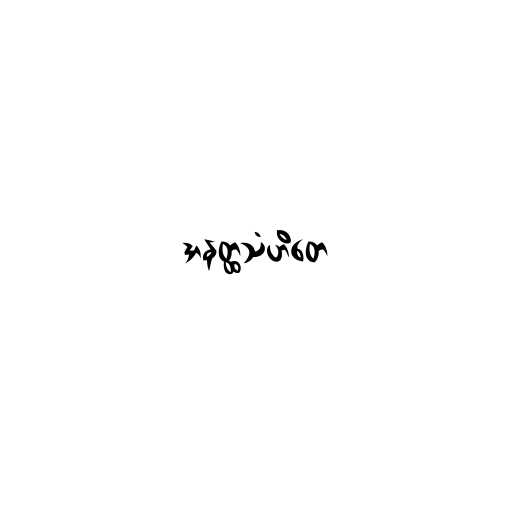
အနတ္ထသံဟိတေ